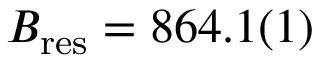
B _ { \mathrm { r e s } } = 8 6 4 . 1 ( 1 )